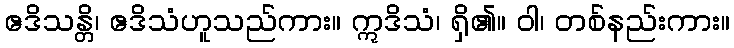
ဧဒိသန္တိ၊ ဧဒိသံဟူသည်ကား။ ဣဒိသံ၊ ရှိ၏။ ဝါ၊ တစ်နည်းကား။